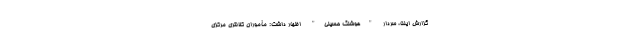
گزارش ایلنا، سردار "هوشنگ حسینی" اظهار داشت: مأموران کلانتری مرکزی